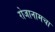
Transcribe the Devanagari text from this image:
रोजानामचा